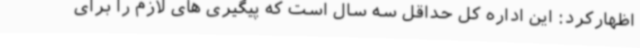
اظهارکرد: این اداره کل حداقل سه سال است که پیگیری های لازم را برای